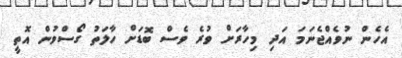
އެހެން ނުވެއްޖެނަމަ އަދި މިހާރަށް ވުރެ ވެސް ބޮޑަށް ހާލަތު ގޯސްވުން އޮތީ